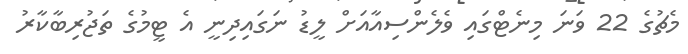
މެޗުގެ 22 ވަނަ މިނެޓްގައި ވެލެންސިއާއަށް ލީޑު ނަގައިދިނީ އެ ޓީމުގެ ތަޖުރިބާކާރު